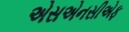
એસએનસીએફ